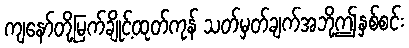
ကျနော်တို့မြက်ချိုင့်ထုတ်ကုန် သတ်မှတ်ချက်အဘို့ဤနှစ်စင်း